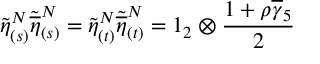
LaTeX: \widetilde { \eta } _ { ( s ) } ^ { N } \widetilde { \overline { { { \eta } } } } _ { ( s ) } ^ { N } = \widetilde { \eta } _ { ( t ) } ^ { N } \widetilde { \overline { { { \eta } } } } _ { ( t ) } ^ { N } = 1 _ { 2 } \otimes \frac { 1 + \rho \overline { { { \gamma } } } _ { 5 } } { 2 }